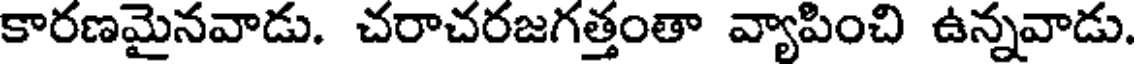
కారణమైనవాడు. చరాచరజగత్తంతా వ్యాపించి ఉన్నవాడు.